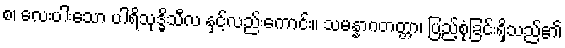
စ၊ လေးပါးသော ပါရိသုဒ္ဓိသီလ နှင့်လည်းကောင်း။ သမန္နာဂတတ္တာ၊ ပြည့်စုံခြင်းရှိသည်၏